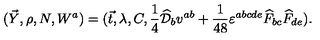
( \vec { Y } , \rho , N , W ^ { a } ) = ( \vec { t } , \lambda , C , \frac { 1 } { 4 } \widehat { \cal D } _ { b } v ^ { a b } + \frac { 1 } { 4 8 } \varepsilon ^ { a b c d e } \widehat { F } _ { b c } \widehat { F } _ { d e } ) .